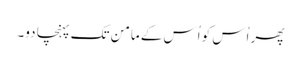
پھر اُس کو اُس کے مامن تک پہنچا دو۔